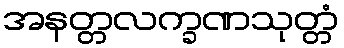
အနတ္တလက္ခဏသုတ္တံ